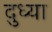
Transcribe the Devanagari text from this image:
दुध्या